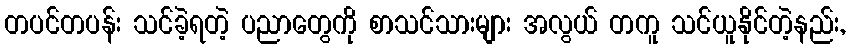
တပင်တပန်း သင်ခဲ့ရတဲ့ ပညာတွေကို စာသင်သားများ အလွယ် တကူ သင်ယူနိုင်တဲ့နည်း,